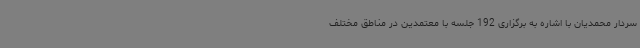
سردار محمدیان با اشاره به برگزاری 192 جلسه با معتمدین در مناطق مختلف